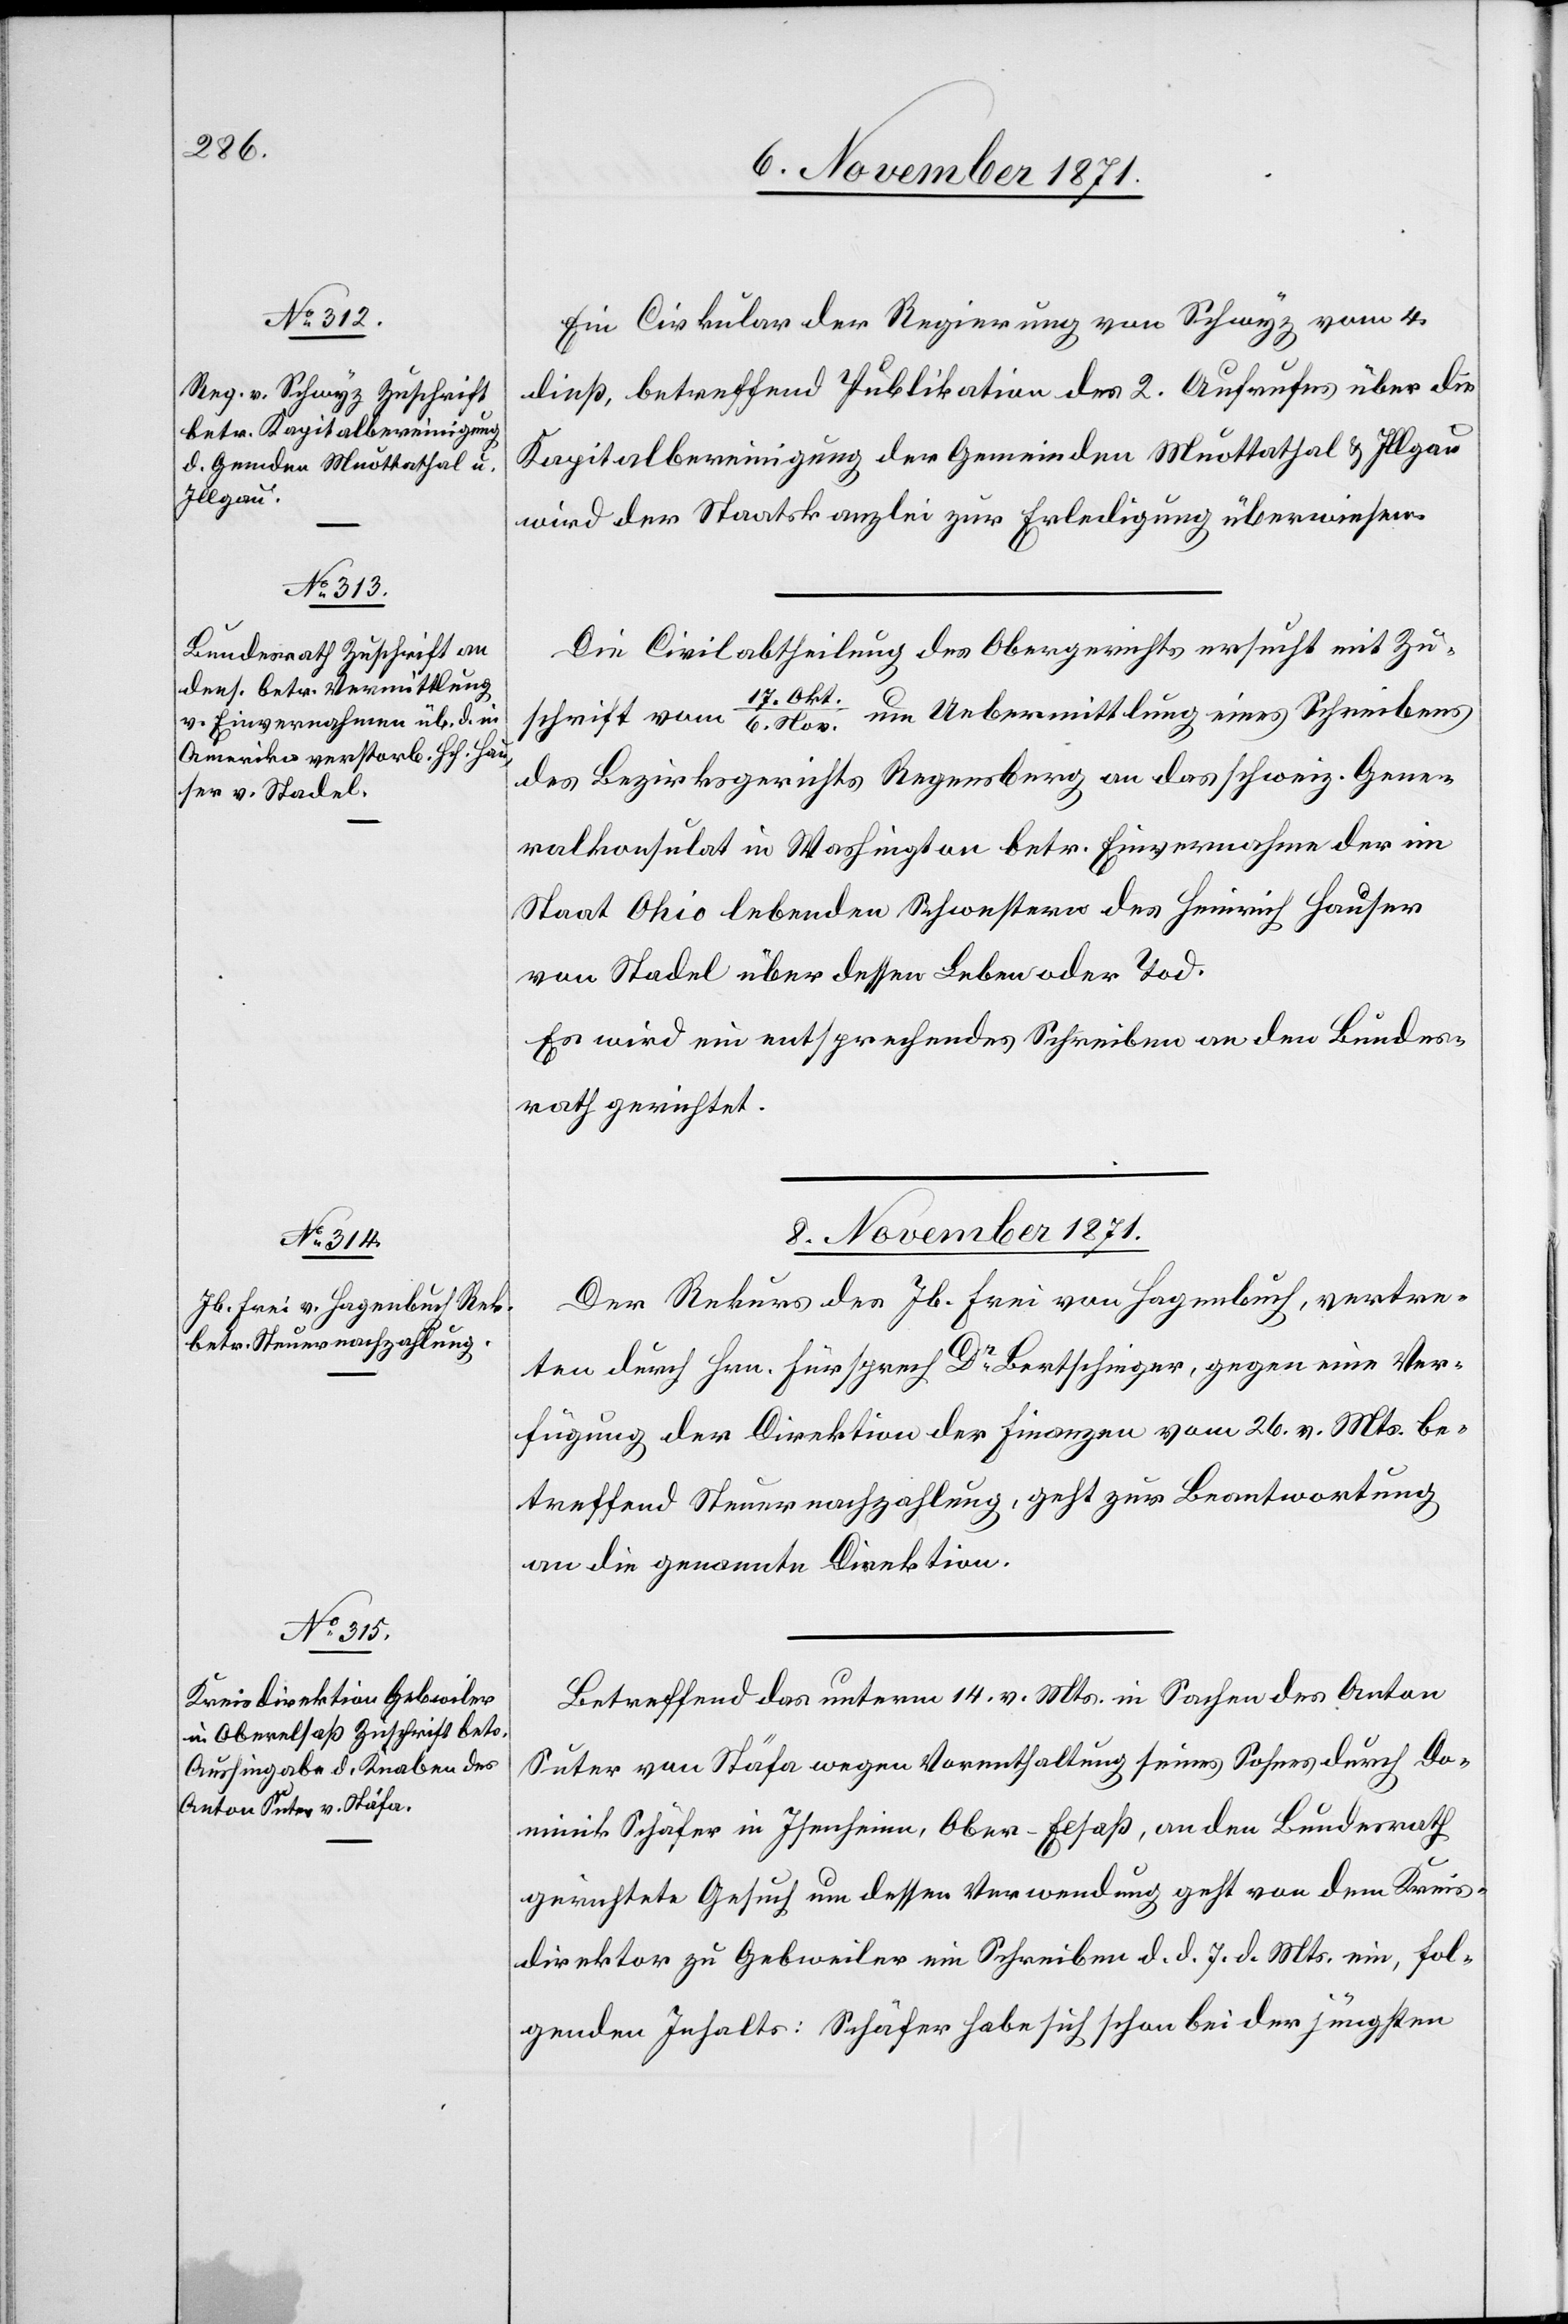
Ein Cirkular der Regierung von Schwyz vom 4.
dieß, betreffend Publikation des 2. Aufrufes über die
Kapitalbereinigung der Gemeinden Muottathal & Illgau
wird der Staatskanzlei zur Erledigung überwiesen.
Die Civilabtheilung des Obergerichts ersucht mit Zu¬
schrift vom 17. Okt. / 6. Nov. um Uebermittlung eines Schreibens
des Bezirksgerichts Regensberg an das schweiz. Gene¬
ralkonsulat in Washington betr. Einvernahme der im
Staat Ohio lebenden Schwester des Heinrich Hauser
von Stadel über dessen Leben oder Tod.
Es wird ein entsprechendes Schreiben an den Bundes¬
rath gerichtet.
8. November 1871.]
Der Rekurs des Jb. Frei von Hagenbuch, vertre¬
ten durch Hrn. Fürsprech Dr. Bertschinger, gegen eine Ver¬
fügung der Direktion der Finanzen vom 26. v. Mts. be¬
treffend Steuernachzahlung, geht zur Beantwortung
an die genannte Direktion.
Betreffend das unterm 14. v. Mts. in Sachen des Anton
Suter von Stäfa wegen Vorenthaltung seines Sohnes durch Do¬
minik Schäfer in Isenheim, Ober-Elsaß, an den Bundesrath
gerichtete Gesuch um dessen Verwendung geht von dem Kreis¬
direktor zu Gebweiler ein Schreiben d. d. 7. d. Mts. ein, fol¬
genden Inhalts: Schäfer habe sich schon bei der jüngsten